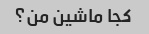
کجا ماشین من؟